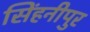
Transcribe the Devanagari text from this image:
सिंहनीपुर